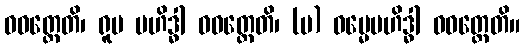
ဝဝတ္ထေတိ၊ ရူပ ဗဟိဒ္ဓါ ဝဝတ္ထေတိ၊ (ပ) ဓမ္မေဗဟိဒ္ဓါ ဝဝတ္ထေတိ။